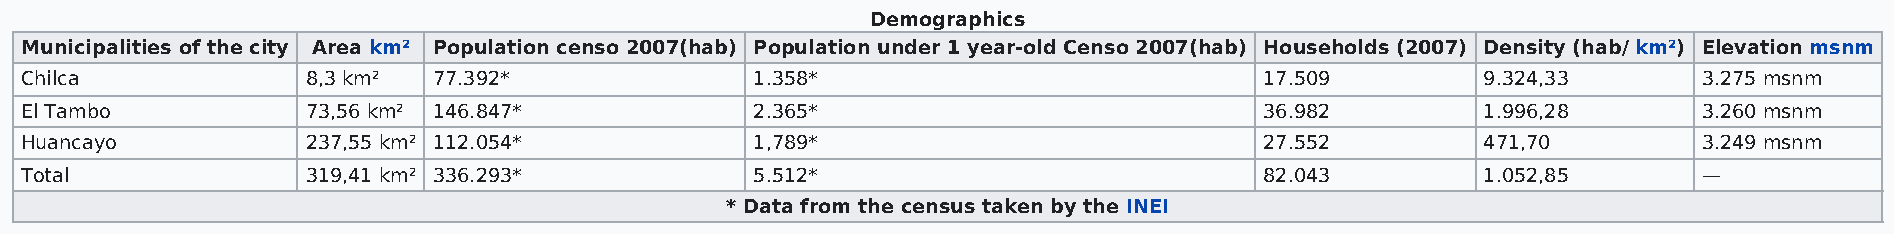
Demographics
 Municipalities of the city Area km² Population censo 2007(hab) Population under 1 year-old Censo 2007(hab) Households (2007) Density (hab/ km²) Elevation msnm
 Chilca             8,3 km²  77.392*              1.358*                            17.509        9.324,33       3.275 msnm
 El Tambo           73,56 km² 146.847*            2.365*                            36.982        1.996,28       3.260 msnm
 Huancayo           237,55 km² 112.054*           1,789*                            27.552        471,70         3.249 msnm
 Total              319,41 km² 336.293*           5.512*                            82.043        1.052,85       —
 * Data from the census taken by the INEI